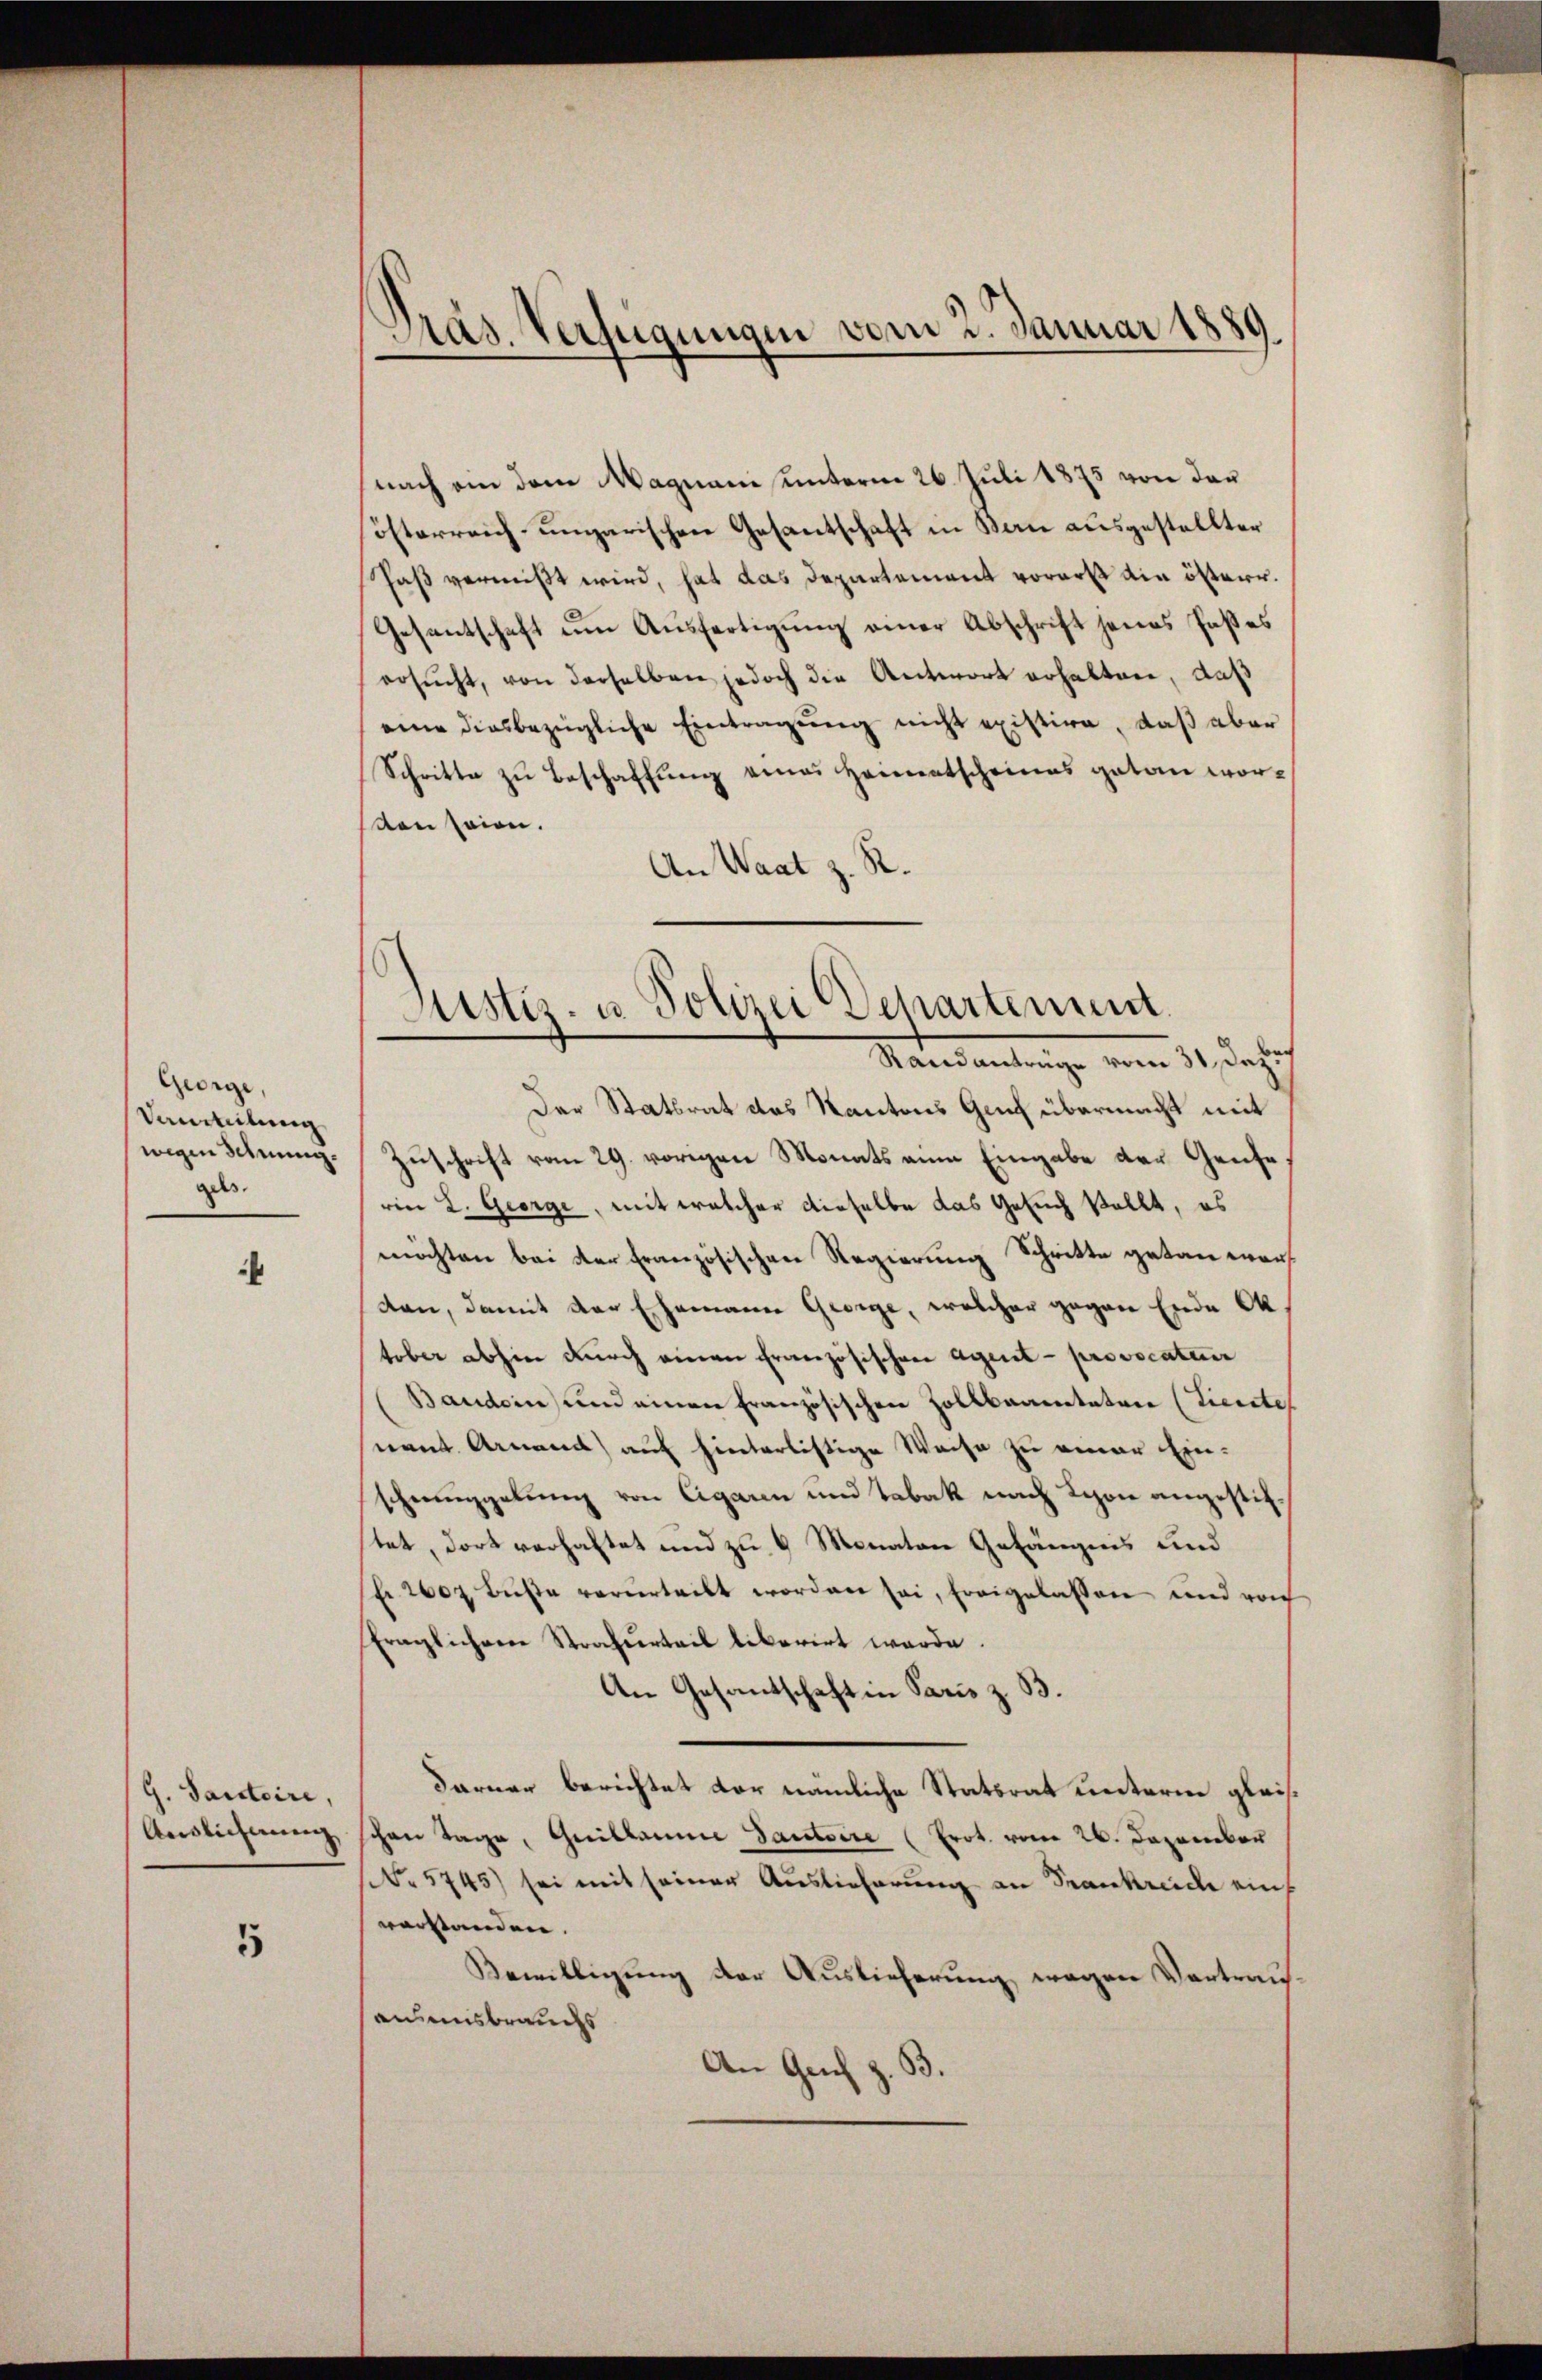
George,
Vaurteilung
wigen Schnung.
ges.

i

G. Santaire,
Auslichnung

5

Pras. Verfügungen vom 2. Januar 1889

nach ein dem Magnani unterm 26. Juli 1875 von der
österreich-ungarischen Gesantschaft in Bau ausgestellter
Paß vermißt wird, hat das Departement vorerst die österr.
Gesantschaft um Ausfertigung einer Abschrift jenes Paßes
ersŭcht, von derselben jedoch die Antwort erhalten, daß
eine diesbezügliche Eintragung nicht existire, daß aber
Schritte zu Beschaffung eines Heimatscheines getan worten seien.
An Waat z. R.

Justiz- u. Polizei Departement.
Randantrage vom 31 Dez.

Der Statsrat des Kantons Genf übermacht mit
Zuschrift vom 29. vorigen Monats am Eingabe der Genfe
rin L. George, mit welcher dieselbe das Gesuch stellt, es
möchten bei der Französischen Regierung Schritte getan werdan, damit der Ehemann George, welcher gegen Ende Ok
tober abhin durch einen Ernenzösischen Agent - provocaturer
Baudern und einen Französischen Zollbarentater (Tierete
nant. Armend) auf hinterlistige Weise zu einer Einschregelung von Cigaren und Tabak nach Lyon angestiftet, dort verhaltet und zu 9 Monaten Gefängnis und
fr. 2607 Bŭβe verurteilt worden sei, freigelassen und von
fraglichen Strafurteil liberirt werde.
An Gesantschaft in Paris z. B.
Farner berichtet vor nämliche Statsrat unterm gleichen Tage, Guillaume autoire (Erot. vom 26. Dezember
No 5745) sei mit seiner Auslieferung an Frankreide einf
vorstanden.
Bewilligung der Auslieferung wegen Vortrau
ausausbrauchs
An Gech z. B.